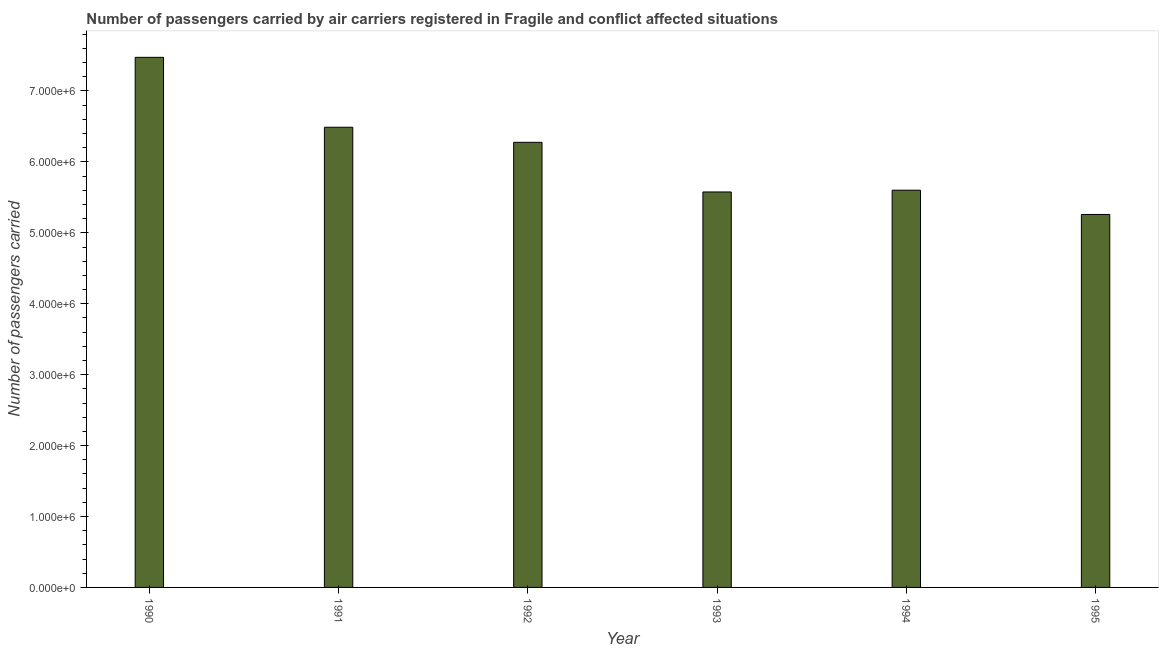
| Year | Air transport |
 | --- | --- |
 | 1990 | 7.47e+06 |
 | 1991 | 6.49e+06 |
 | 1992 | 6.28e+06 |
 | 1993 | 5.58e+06 |
 | 1994 | 5.6e+06 |
 | 1995 | 5.26e+06 |